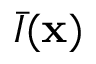
\bar { I } ( { \bf x } )